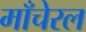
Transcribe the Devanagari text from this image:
माँचेरल